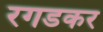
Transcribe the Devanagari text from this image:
रगडकर